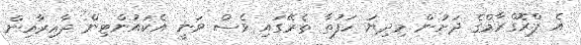
އެ ޕްރޮގްރާމްގެ ދަށުން މިދިޔަ ހަފުތާ ތެރޭގައި ވެސް ވަނީ އެކައުންޓިން ދާއިރާއިން